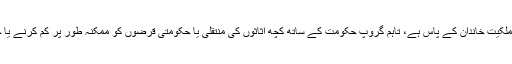
اگرچہ بن لادن گروپ کی موجودہ ملکیت خاندان کے پاس ہے، تاہم گروپ حکومت کے ساتھ کچھ اثاثوں کی منتقلی یا حکومتی قرضوں کو ممکنہ طور پر کم کرنے یا ختم کرنے پر بات چیت کررہا ہے۔